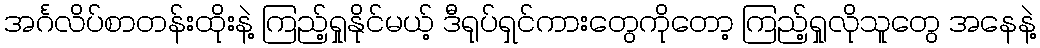
အင်္ဂလိပ်စာတန်းထိုးနဲ့ ကြည့်ရှုနိုင်မယ့် ဒီရုပ်ရှင်ကားတွေကိုတော့ ကြည့်ရှုလိုသူတွေ အနေနဲ့